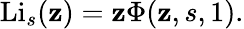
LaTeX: \operatorname{Li}_{s}(\mathbf{z})=\mathbf{z}\Phi(\mathbf{z},s,1).